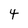
Character: 4